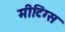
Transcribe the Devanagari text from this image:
मीटिंग्स